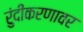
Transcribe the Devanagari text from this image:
रुंदीकरणावर